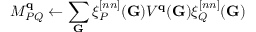
M _ { P Q } ^ { \mathbf { q } } \leftarrow \sum _ { \mathbf { G } } \xi _ { P } ^ { [ n n ] } ( \mathbf { G } ) V ^ { \mathbf { q } } ( \mathbf { G } ) \xi _ { Q } ^ { [ n n ] } ( \mathbf { G } )